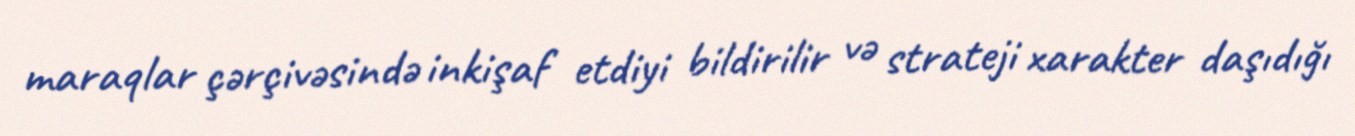
maraqlar çərçivəsində inkişaf etdiyi bildirilir və strateji xarakter daşıdığı